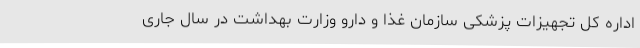
اداره کل تجهیزات پزشکی سازمان غذا و دارو وزارت بهداشت در سال جاری